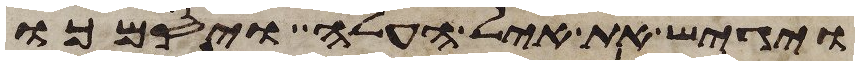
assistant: ויגש את איל העלה ויסמכו